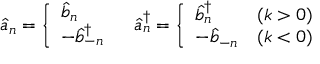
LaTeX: \hat { a } _ { n } = \left\{ \begin{array} { l } { { \hat { b } _ { n } } } \\ { { - \hat { b } _ { - n } ^ { \dagger } } } \end{array} \right. \; \; \; \hat { a } _ { n } ^ { \dagger } = \left\{ \begin{array} { l l } { { \hat { b } _ { n } ^ { \dagger } } } & { { ( k > 0 ) } } \\ { { - \hat { b } _ { - n } } } & { { ( k < 0 ) } } \end{array} \right.